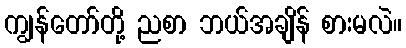
ကျွန်တော်တို့ ညစာ ဘယ်အချိန် စားမလဲ။